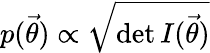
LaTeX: p({\vec{\theta}})\propto{\sqrt{\operatorname*{det}I({\vec{\theta}})}}